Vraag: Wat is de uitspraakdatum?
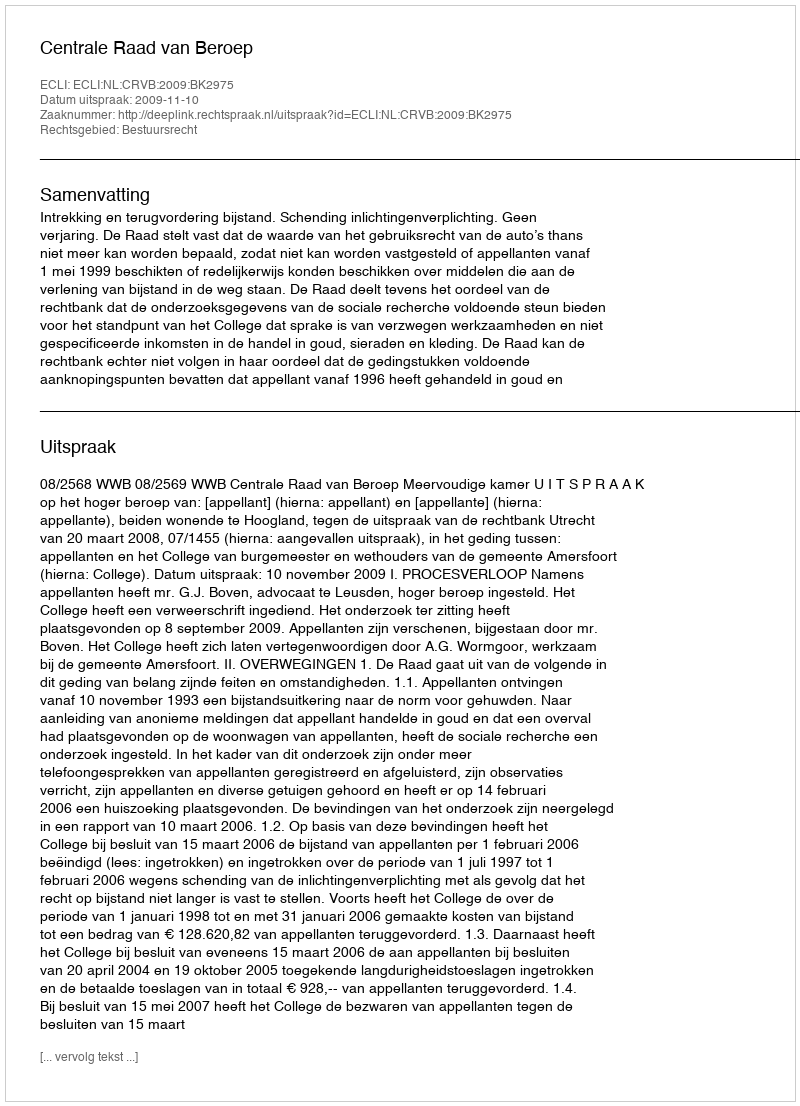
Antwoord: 2009-11-10